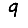
Digit: 9